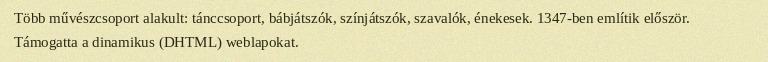
Több művészcsoport alakult: tánccsoport, bábjátszók, színjátszók, szavalók, énekesek. 1347-ben említik először. Támogatta a dinamikus (DHTML) weblapokat.